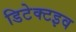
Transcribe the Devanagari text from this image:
डिटेक्टइव